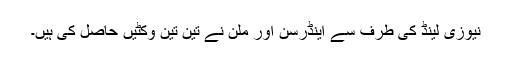
نیوزی لینڈ کی طرف سے اینڈرسن اور ملن نے تین تین وکٹیں حاصل کی ہیں۔